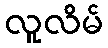
လူလိမ်